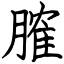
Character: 𦞦